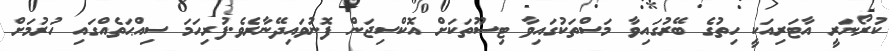
ކުރޯނަރީ އާޓަރިއަކީ ހިތުގެ ބޭރުގައިވާ މަސްތަކުގައިވާ ޓިސޫތަކަށް އޮކްސިޖަން ފޮނުވައިދޭނާރެވެ.ފުރިހަމަ ސިއްޙަތެއްގައި ހުރުމަށް